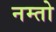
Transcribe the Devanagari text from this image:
नम्तो